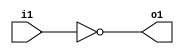
module not1(input i1, output reg o1);
  always @(i1) begin
    o1 = !i1;
  end
endmodule